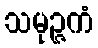
သမုဉ္ဇကံ